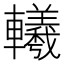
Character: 𨏢